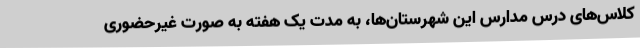
کلاس‌های درس مدارس این شهرستان‌ها، به مدت یک هفته به صورت غیرحضوری